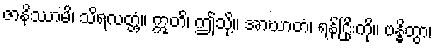
ဇာနိဿာမိ၊ သိရလတ္တံ့။ ဣတိ၊ ဤသို့။ အာဃာတံ၊ ရန်ငြိုးကို။ ဗန္ဓိတွာ၊